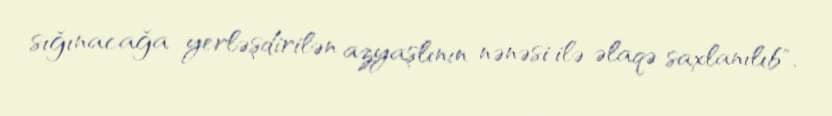
sığınacağa yerləşdirilən azyaşlının nənəsi ilə əlaqə saxlanılıb".